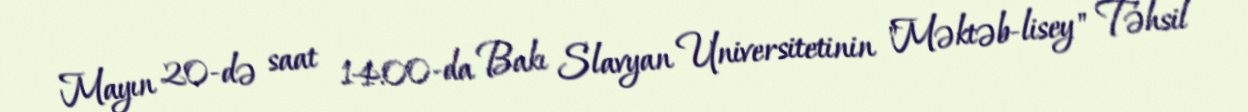
Mayın 20-də saat 14:00-da Bakı Slavyan Universitetinin "Məktəb-lisey" Təhsil